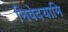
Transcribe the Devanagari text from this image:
निवेदयामि